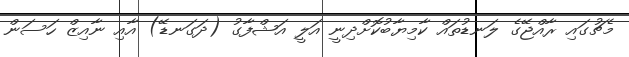
މެޗުގައި ރާއްޖޭގެ ލަނޑުތައް ކާމިޔާބުކޮށްދިނީ އަލީ އަޝްފާގު (ދަގަނޑޭ) އާއި ނާއިޒް ހަސަން